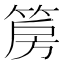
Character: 𮅝